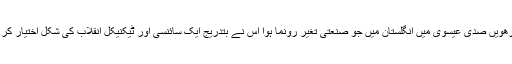
سترھویں صدی عیسوی میں انگلستان میں جو صنعتی تغیر رونما ہوا اس نے بتدریج ایک سائنسی اور ٹیکنیکل انقلاب کی شکل اختیار کر لی۔